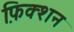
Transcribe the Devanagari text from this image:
फि़क्शन